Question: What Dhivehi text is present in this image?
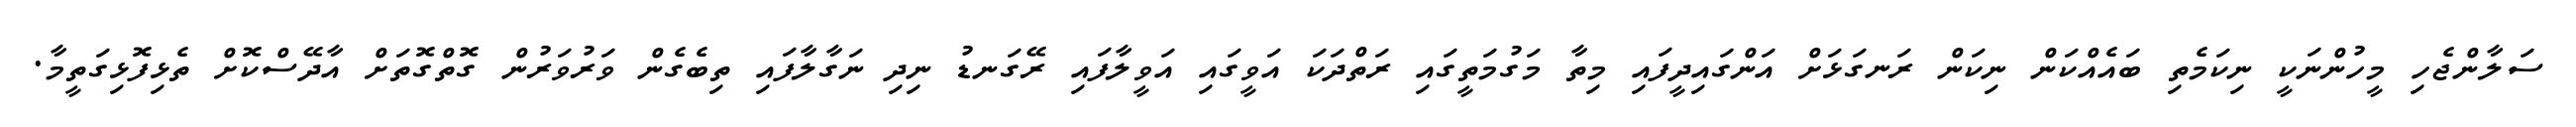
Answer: ސަލާންޖެހި މީހުންނަކީ ނިކަމެތި ބައެއްކަން ނިކަން ރަނގަޅަށް އަންގައިދީފައި މިތާ މަގުމަތީގައި ރަތްދަކަ އަވީގައި އަވީލާފައި ރޭގަނޑު ނިދި ނަގާލާފައި ތިބެގެން ވަރުވަރުން ގޮތްގޮތަށް އާދޭސްކޮށް ތެޅިފޮޅިގަތީމާ.